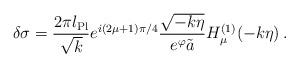
LaTeX: \begin{align*}\delta\sigma = {2\pi l_{\rm Pl} \over \sqrt{k}} e^{i(2\mu+1)\pi/4}{\sqrt{-k\eta} \over e^{\varphi} \tilde{a}} H_{\mu}^{(1)}(-k\eta) \,.\end{align*}